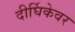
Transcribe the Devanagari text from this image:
दीर्घिकेवर